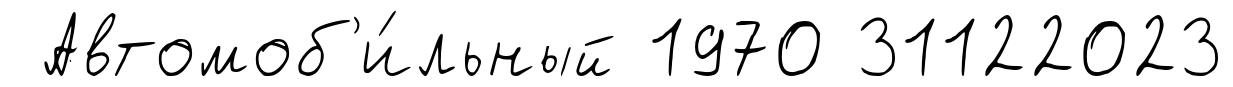
Автомоб'и́льный 1970 31122023